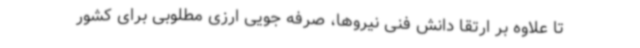
تا علاوه بر ارتقا دانش فنی نیروها، صرفه جویی ارزی مطلوبی برای کشور